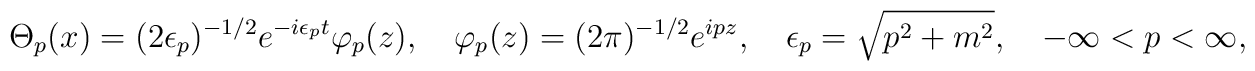
\Theta_p(x)=(2\epsilon_p)^{-1/2}e^{-i\epsilon_p t} \varphi_p(z),\quad \varphi_p(z)=(2\pi)^{-1/2}e^{ipz},\quad \epsilon_p=\sqrt{p^2+m^2},\quad -\infty<p<\infty,